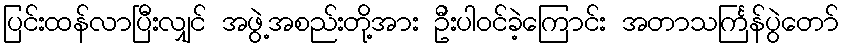
ပြင်းထန်လာပြီးလျှင် အဖွဲ့အစည်းတို့အား ဦးပါဝင်ခဲ့ကြောင်း အတာသင်္ကြန်ပွဲတော်